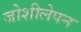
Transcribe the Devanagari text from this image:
जोशीलेपन